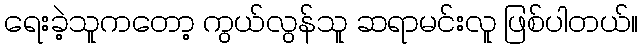
ရေးခဲ့သူကတော့ ကွယ်လွန်သူ ဆရာမင်းလူ ဖြစ်ပါတယ်။